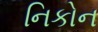
નિકોન